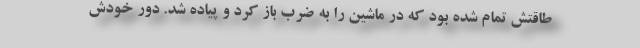
طاقتش تمام شده بود که در ماشین را به ضرب باز کرد و پیاده شد. دور خودش